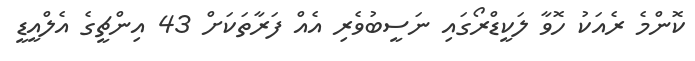
ކޮންމެ ރެއަކު ހޮވާ ލަކީޑްރޯގައި ނަސީބުވެރި އެއް ފަރާތަކަށް 43 އިންޗީގެ އެލްއީޑީ